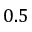
0 . 5